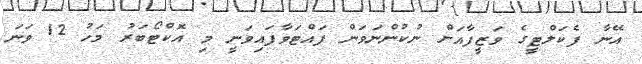
އޭނާ ފެކަލްޓީގެ ވަޒީފާއަށް ނުކުންނަވަން ފައްޓަވާފައިވަނީ މި އޮކްޓޯބަރު މަހު 12 ވަނަ